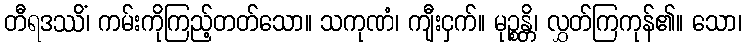
တီရဒဿိံ၊ ကမ်းကိုကြည့်တတ်သော။ သကုဏံ၊ ကျီးငှက်။ မုဉ္စန္တိ၊ လွှတ်ကြကုန်၏။ သော၊